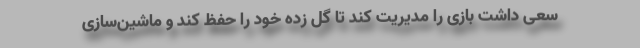
سعی داشت بازی را مدیریت کند تا گل زده خود را حفظ کند و ماشین‌سازی